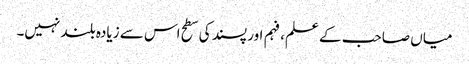
میاں صاحب کے علم، فہم اور پسند کی سطح اس سے زیادہ بلند نہیں۔